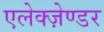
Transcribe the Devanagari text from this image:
एलेक्ज़ेण्डर